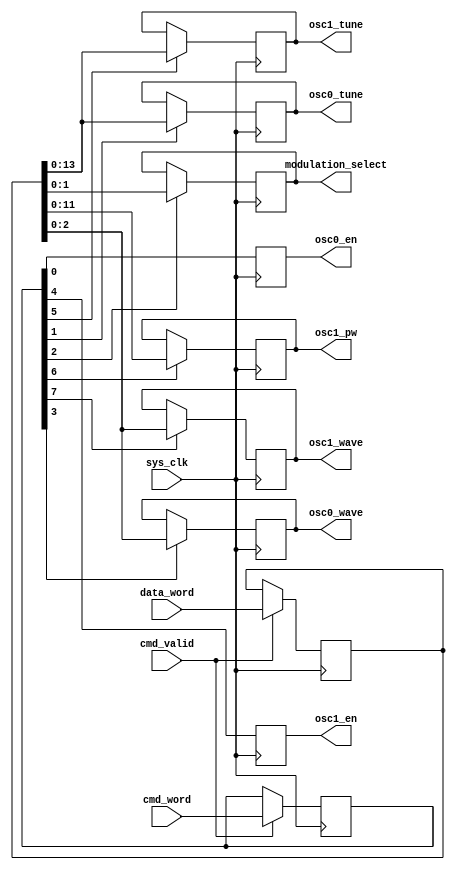
`timescale 1ns / 1ns
/**
 * SPI Command Decoder
 * 
 * Authors:
 * * Zach Baldwin 2023-11-02
 * 
 * **** USAGE ****
 * An 8-bit command word is entered and based on it's encoding,
 * the associated output control signals are asserted.
 * 
 * PARAMETERS:
 *   <none>
 * 
 * INPUTS:
 *   cmd_word  - The command word to decode
 *   data_word - The data portion of the spi command word
 *   cmd_valid - Assert (high) to read in the command data
 * 
 * OUTPUTS: (All active HIGH)
 *  **CONTROL SIGNALS**
 *   osc0_en       - Enable oscillator 0
 *   osc1_en       - Enable oscillator 1
 *  **DATA SIGNALS**
 *   osc0_tune     - Frequency (tuning word) for oscillator 0
 *   osc0_wave     - Waveform select for oscillator 0
 *   osc1_tune     - Frequency (tuning word) for oscillator 1
 *   osc1_pw       - Pulse width (for pulse mode) for oscillator 1
 *   osc1_wave     - Waveform select for oscillator 1
 *   modulation_select - Modulation selection
 */
module cmd_decoder
  #(
    parameter DATAWORD_WIDTH = 16,
    parameter TUNING_WIDTH = 14,
    parameter WAVE_SELECT_WIDTH = 3,
    parameter PULSEWIDTH_WIDTH = 12,
    parameter MODULATION_SELECT_WIDTH = 2
    )
    (
     // Control signals in
     input [7:0]                              cmd_word,
     input [DATAWORD_WIDTH-1:0]               data_word,
     input                                    cmd_valid,
     input                                    sys_clk,
     // Oscillator
     output reg                               osc0_en,
     output reg                               osc1_en,
     // Data outputs
     output reg [TUNING_WIDTH-1:0]            osc0_tune, osc1_tune,
     output reg [WAVE_SELECT_WIDTH-1:0]       osc0_wave, osc1_wave,
     output reg [PULSEWIDTH_WIDTH-1:0]        osc1_pw,
     output reg [MODULATION_SELECT_WIDTH-1:0] modulation_select
     );
    
    /*
     *  **CONTROL SIGNALS**
     *   osc0_set_tune  - Dataword load to tuning word of oscillator 0
     *   osc0_set_wave  - Dataword load to oscillator 0 waveform selection
     *   osc1_set_tune  - Dataword load to tuning word of oscillator 1
     *   osc1_set_pw    - Dataword load to oscillator 1 pulse width
     *   osc1_set_wave  - Dataword load to oscillator 1 waveform selection
     *   set_modulation - Dataword load to output modulation selector
     */
    wire                               osc0_set_tune;
    wire                               osc0_set_wave;
    wire                               osc1_set_tune;
    wire                               osc1_set_pw;
    wire                               osc1_set_wave;
    wire                               set_modulation;
    wire                               osc0_en_pre, osc1_en_pre;

    reg [7:0]                          cmd_word_reg;
    reg [DATAWORD_WIDTH-1:0]           data_word_reg;

    // Capture input controls when they are valid
    always @(posedge sys_clk) begin
        if (cmd_valid) begin
            cmd_word_reg <= cmd_word;
            data_word_reg <= data_word;
        end
    end

    // Decode the control signals
    assign osc0_en_pre    = cmd_word_reg[0];
    assign osc0_set_tune  = cmd_word_reg[1];
    assign set_modulation = cmd_word_reg[2];
    assign osc0_set_wave  = cmd_word_reg[3];
    assign osc1_en_pre    = cmd_word_reg[4];
    assign osc1_set_tune  = cmd_word_reg[5];
    assign osc1_set_pw    = cmd_word_reg[6];
    assign osc1_set_wave  = cmd_word_reg[7];

    // Dataword breakout
    wire [TUNING_WIDTH-1:0]      osc0_tune_pre, osc1_tune_pre;
    wire [WAVE_SELECT_WIDTH-1:0] osc0_wave_pre, osc1_wave_pre;
    wire [PULSEWIDTH_WIDTH-1:0]  osc1_pw_pre;
    wire [MODULATION_SELECT_WIDTH-1:0] modulation_select_pre;
    
    assign osc0_tune_pre = data_word_reg[TUNING_WIDTH-1:0];
    assign osc0_wave_pre = data_word_reg[WAVE_SELECT_WIDTH-1:0];
    assign osc1_tune_pre = data_word_reg[TUNING_WIDTH-1:0];
    assign osc1_wave_pre = data_word_reg[WAVE_SELECT_WIDTH-1:0];
    assign osc1_pw_pre   = data_word_reg[PULSEWIDTH_WIDTH-1:0];
    assign modulation_select_pre = data_word_reg[MODULATION_SELECT_WIDTH-1:0];

    // Handle saving of control data
    // (completely ignoring dynamic power concerns...)
    always @(posedge sys_clk) begin
        osc0_en <= osc0_en_pre;
        osc1_en <= osc1_en_pre;
        if (osc0_set_tune) begin
            osc0_tune <= osc0_tune_pre;
        end
        if (osc0_set_wave) begin
            osc0_wave <= osc0_wave_pre;
        end
        if (osc1_set_tune) begin
            osc1_tune <= osc1_tune_pre;
        end
        if (osc1_set_pw) begin
            osc1_pw <= osc1_pw_pre;
        end
        if (osc1_set_wave) begin
            osc1_wave <= osc1_wave_pre;
        end
        if (set_modulation) begin
            modulation_select <= modulation_select_pre;
        end
    end
    
endmodule // cmd_decoder